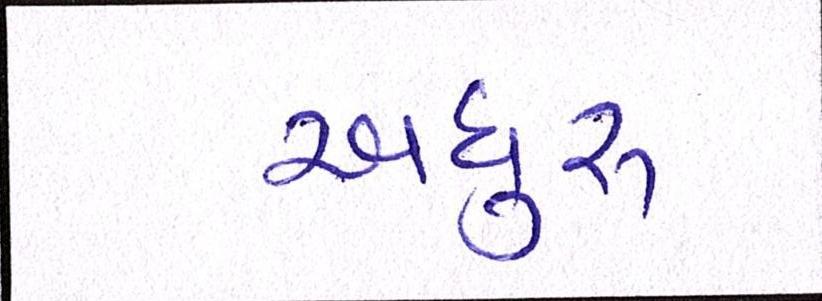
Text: અધુરુ